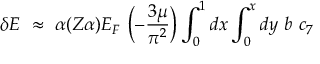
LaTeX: \delta E ~ \approx ~ \alpha ( Z \alpha ) E _ { F } ~ \Bigl ( - \frac { 3 \mu } { \pi ^ { 2 } } \Bigr ) \int _ { 0 } ^ { 1 } { d x } \int _ { 0 } ^ { x } { d y } ~ b ~ c _ { 7 } ~